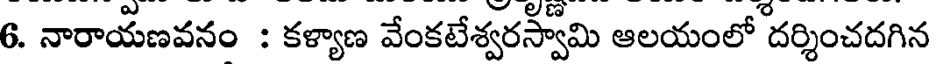
6. నారాయణవనం : కళ్యాణ వేంకటేశ్వరస్వామి ఆలయంలో దర్శించదగిన